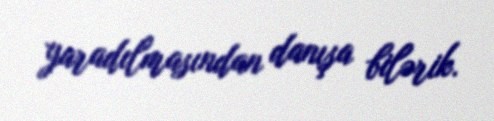
yaradılmasından danışa bilərik.